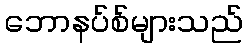
ဘောနပ်စ်များသည်